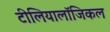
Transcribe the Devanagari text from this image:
टीलियालॉजिकल